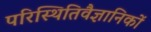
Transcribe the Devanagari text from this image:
परिस्थितिवैज्ञानिकों